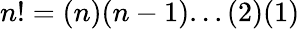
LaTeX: n!=(n)(n-1)...(2)(1)